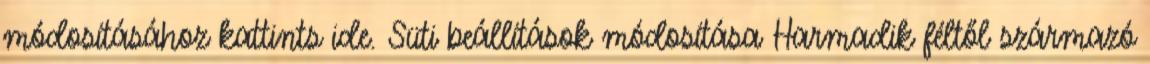
módosításához kattints ide. Süti beállítások módosítása Harmadik féltől származó